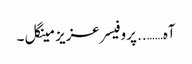
آہ…….. پروفیسر عزیز مینگل ۔